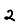
Digit: 2